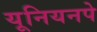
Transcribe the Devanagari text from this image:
यूनियनपे